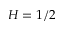
H = 1 / 2